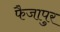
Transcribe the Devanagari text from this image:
फैजापुर